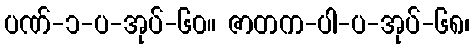
ပဏ်-၁-ပ-အုပ်-၆၀။ ဇာတက-ပါ-ပ-အုပ်-၆၈၊